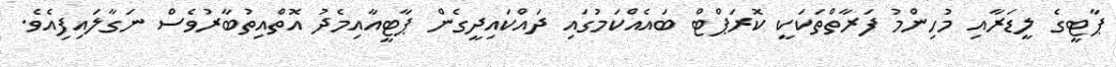
ޕާޓީގެ ލީޑަރާއި މުހިންމު ފަރާތްތަކަކީ ކޮރަޕްޓް ބައެއްކަމުގައި ދައްކައިދީގެން ޕާޓީއާއިމެދު އޮތްއިތުބާރުވެސް ނަގާލައިފިއެވެ.